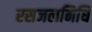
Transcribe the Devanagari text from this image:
रसजलनिधि